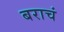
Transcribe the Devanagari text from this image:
बराचं